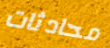
محادثات